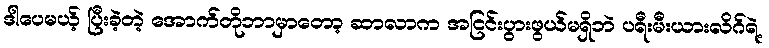
ဒါပေမယ့် ပြီးခဲ့တဲ့ အောက်တိုဘာမှာတော့ ဆာလာက အငြင်းပွားဖွယ်မရှိဘဲ ပရီးမီးယားလိဂ်ရဲ့